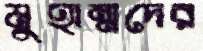
মুহাম্মদের